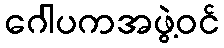
ဂေါပကအဖွဲ့ဝင်